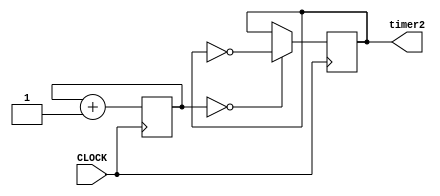
`timescale 1ns / 1ps

//clock divider from led output

module ledtimer(input CLOCK, output reg timer2 = 0);

    reg [23:0]COUNT2 = 24'b0;

    always @(posedge CLOCK) begin
        COUNT2 <= COUNT2 + 1;
        timer2 <= (COUNT2==24'b0)?~timer2:timer2;//3HZ
    end

endmodule